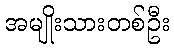
အမျိုးသားတစ်ဦး